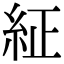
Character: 䋊